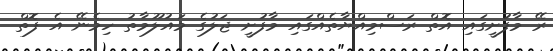
ރޭ މާފުށީގައި އޮތް ރަސްމިއްޔާތެއްގައި މާފުށީ ޖަލުގެ މައުލޫމާތު ހިމެނޭ އެ ފޮތް